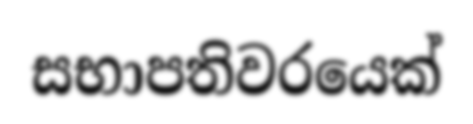
සභාපතිවරයෙක්